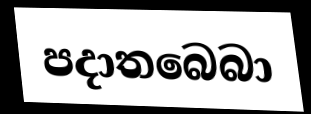
පදාතබෙබා